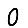
Digit: 0